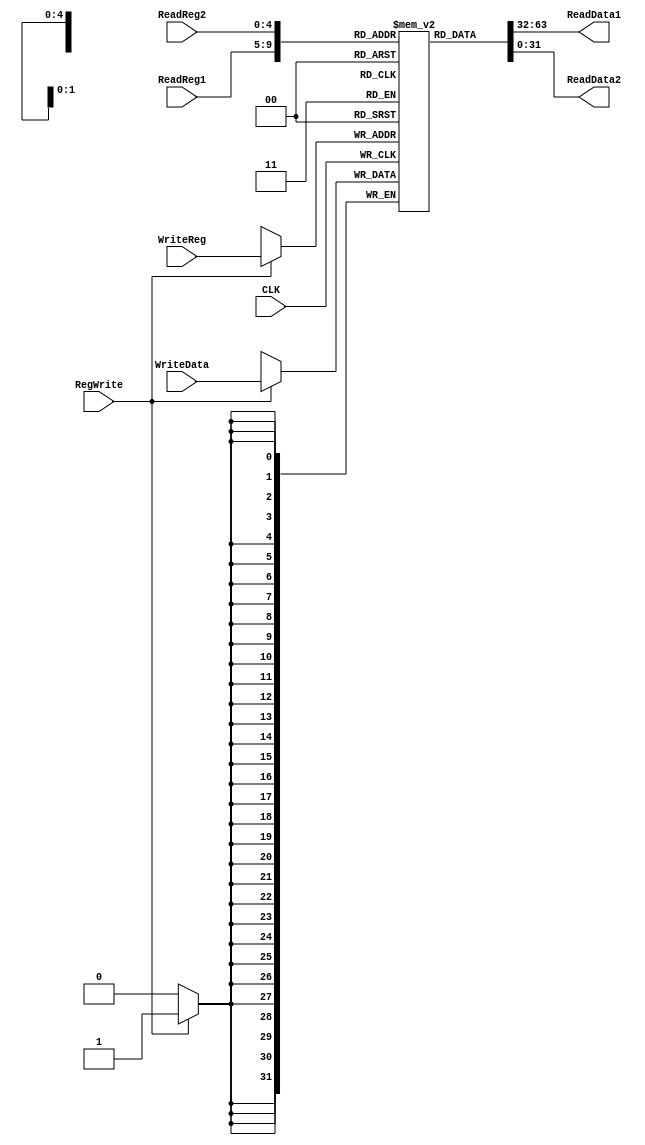
`timescale 1ns / 1ns
//////////////////////////////////////////////////////////////////////////////////
// Company: 
// Engineer: 
// 
// Design Name: 
// Module Name: gpr
// Project Name: 
// Target Devices: 
// Tool Versions: 
// Description: 
// 
// Dependencies: 
// 
// Revision:
// Revision 0.01 - File Created
// Additional Comments:
// 
//////////////////////////////////////////////////////////////////////////////////


module GPR(ReadReg1,ReadReg2,WriteReg,WriteData,RegWrite,CLK,ReadData1,ReadData2);
input [4:0] ReadReg1;
input [4:0] ReadReg2;
input [4:0] WriteReg;
input [31:0] WriteData;
output [31:0] ReadData1;
output [31:0] ReadData2;
input RegWrite;//flags
input CLK;

reg [31:0] RegFile[31:0];
integer i;
initial begin
    for (i=0;i<32;i=i+1)
        RegFile[i]=0;
end

assign ReadData1=RegFile[ReadReg1];
assign ReadData2=RegFile[ReadReg2];

always @ (negedge CLK)
begin
    if(RegWrite)
    begin
        RegFile[WriteReg]=WriteData;
        //$display("%h,%h",WriteReg,WriteData);
    end
    
end
endmodule